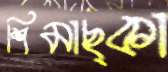
শিমাছ্কা